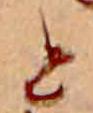
と